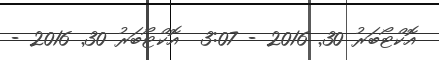
އޮކްޓޯބަރު 30